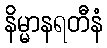
နိမ္မာနရတီနံ